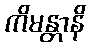
ကိမန္တာနိ